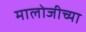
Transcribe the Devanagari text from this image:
मालोजीच्या